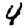
Digit: 4